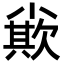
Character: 𡮪